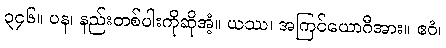
၃၄၆။ ပန၊ နည်းတစ်ပါးကိုဆိုအံ့။ ယဿ၊ အကြင်ယောဂီအား။ ဧဝံ၊